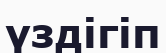
үздігіп